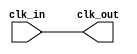
`timescale 1ns / 1ps
//////////////////////////////////////////////////////////////////////////////////
// Company: 
// Engineer: 
// 
// Design Name: 
// Module Name:    Clock_Buffer 
// Project Name: 
// Target Devices: 
// Tool versions: 
// Description: 
//
// Dependencies: 
//
// Revision: 
// Revision 0.01 - File Created
// Additional Comments: 
//
//////////////////////////////////////////////////////////////////////////////////
module Clock_Buffer(clk_in,clk_out);

input clk_in;
output clk_out;

assign clk_out=clk_in;

endmodule